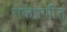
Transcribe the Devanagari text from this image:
तर्कप्रणीत